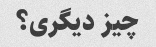
چیز دیگری؟